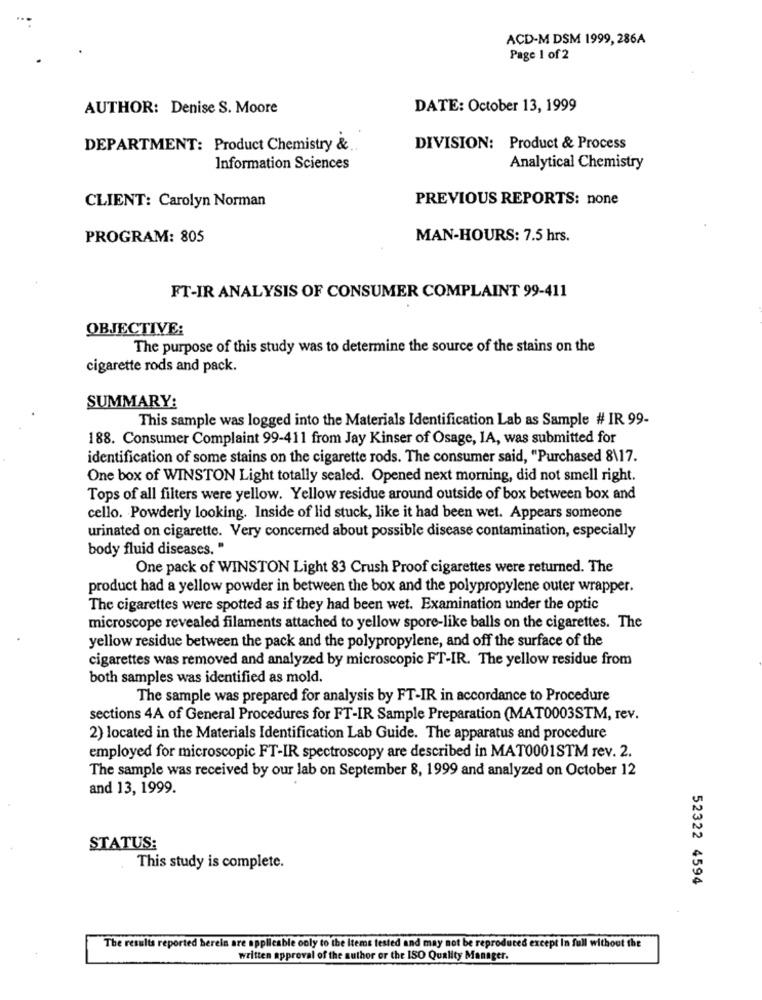
ACD-M DSM 1999, 286A
Page 1 of 2
AUTHOR: Denise S. Moore
DATE: October 13, 1999
DEPARTMENT: Product Chemistry &
DIVISION: Product & Process
Information Sciences
Analytical Chemistry
CLIENT: Carolyn Norman
PREVIOUS REPORTS: none
PROGRAM: 805
MAN-HOURS: 7.5 hrs.
FT-IR ANALYSIS OF CONSUMER COMPLAINT 99-411
OBJECTIVE:
The purpose of this study was to determine the source of the stains on the
cigarette rods and pack.
SUMMARY:
This sample was logged into the Materials Identification Lab as Sample # IR 99-
188. Consumer Complaint 99-411 from Jay Kinser of Osage, IA, was submitted for
identification of some stains on the cigarette rods. The consumer said, "Purchased 8\17.
One box of WINSTON Light totally sealed. Opened next morning, did not smell right.
Tops of all filters were yellow. Yellow residue around outside of box between box and
cello. Powderly looking. Inside of lid stuck, like it had been wet. Appears someone
urinated on cigarette. Very concerned about possible disease contamination, especially
body fluid diseases. "
One pack of WINSTON Light 83 Crush Proof cigarettes were returned. The
product had a yellow powder in between the box and the polypropylene outer wrapper.
The cigarettes were spotted as if they had been wet. Examination under the optic
microscope revealed filaments attached to yellow spore-like balls on the cigarettes. The
yellow residue between the pack and the polypropylene, and off the surface of the
cigarettes was removed and analyzed by microscopic FT-IR. The yellow residue from
both samples was identified as mold.
The sample was prepared for analysis by FT-IR in accordance to Procedure
sections 4A of General Procedures for FT-IR Sample Preparation (MAT0003STM, rev.
2) located in the Materials Identification Lab Guide. The apparatus and procedure
employed for microscopic FT-IR spectroscopy are described in MAT0001STM rev. 2.
The sample was received by our lab on September 8, 1999 and analyzed on October 12
and 13, 1999.
STATUS:
This study is complete.
52322 4594
The results reported herela are applicable only to the Items tested and may not be reproduced except in full without the
written approval of the author or the ISO Quality Manager.